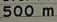
500